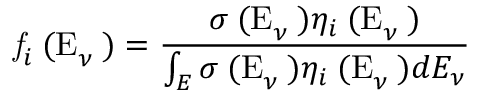
{ \mathrm { \it ~ f } } _ { i } { \mathrm { \tiny ~ ( E } } _ { \nu } \mathrm { \tiny ~ ) } = \frac { \sigma { \mathrm { \tiny ~ ( E } } _ { \nu } \mathrm { \tiny ~ ) } \eta _ { i } { \mathrm { \tiny ~ ( E } } _ { \nu } \mathrm { \tiny ~ ) } } { \int _ { E } \sigma { \mathrm { \tiny ~ ( E } } _ { \nu } \mathrm { \tiny ~ ) } \eta _ { i } { \mathrm { \tiny ~ ( E } } _ { \nu } \mathrm { \tiny ~ ) } d E _ { \nu } }